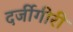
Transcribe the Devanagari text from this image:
दर्जीगीरी